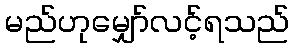
မည်ဟုမျှော်လင့်ရသည်